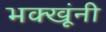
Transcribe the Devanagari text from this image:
भक्खूंनी